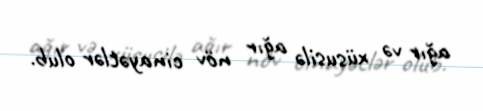
ağır və xüsusilə ağır növ cinayətlər olub.